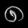
Digit: ၈